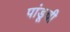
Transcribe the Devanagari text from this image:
पांडूची